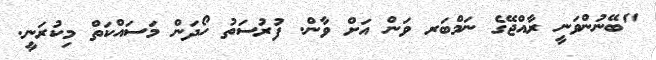
"ބޭނުންވަނީ ރާއްޖޭގެ ނަމްބަރ ވަން އަށް ވާން. ފުރުސަތު ހޯދަން މަސައްކަތް މިކުރަނީ.